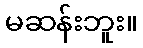
မဆန်းဘူး။